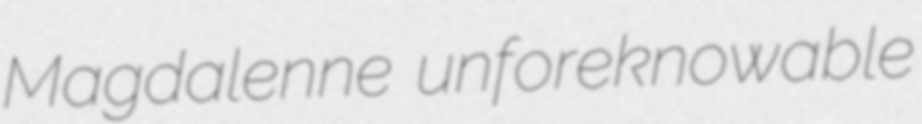
Magdalenne unforeknowable